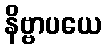
နိဗ္ဗာပယေ